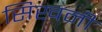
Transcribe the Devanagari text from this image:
सिखनी